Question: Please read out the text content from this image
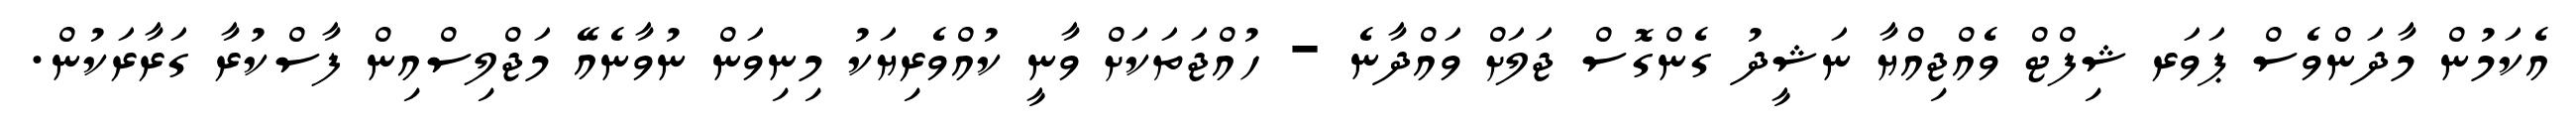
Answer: އެކަމުން މާދަންވެސް ޕަވަރ ޝިފްޓް ވެއްޖިއްޔާ ނަޝީދު ގެންގޮސް ޖަލަށް ވައްދާނެ - ހުއްޖަތަކަށް ވާނީ ކުއްވެރިޔަކު މިނިވަން ނުވާނެއޭ މަޖްލިސްއިން ފާސްކުރާ ގަރާރަކުން.